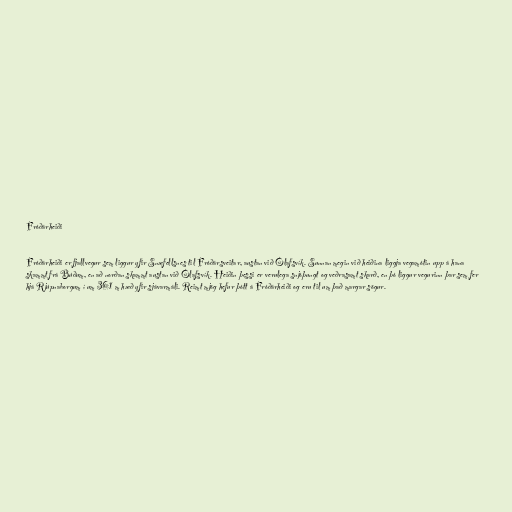
Fróðárheiði

Fróðárheiði er fjallvegur sem liggur yfir Snæfellsnes til Fróðársveitar, austan við Ólafsvík. Sunnan megin við heiðina liggja vegamótin upp á hana
skammt frá Búðum, en að norðan skammt austan við Ólafsvík. Heiðin þessi er verulega snjóþungt og veðrasamt skarð, en þó liggur vegurinn þar sem fer
hjá Rjúpnaborgum í um 361 m hæð yfir sjávarmáli. Reimt mjög hefur þótt á Fróðárheiði og eru til um það margar sögur.